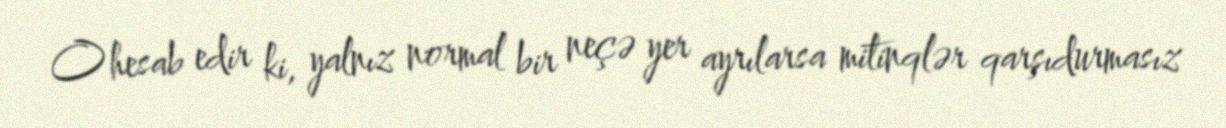
O hesab edir ki, yalnız normal bir neçə yer ayrılarsa mitinqlər qarşıdurmasız